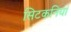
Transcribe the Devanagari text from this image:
सिटकनियां